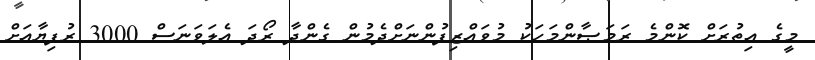
މީގެ އިތުރަށް ކޮންމެ ރަމަޞާންމަހަކު މުވައްޒިފުންނަށްދެމުން ގެންދާ ރޯދަ އެލަވަނަސް 3000 ރުފިޔާއަށް